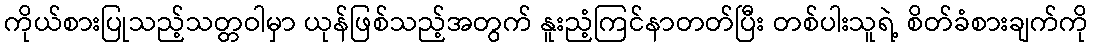
ကိုယ်စားပြုသည့်သတ္တဝါမှာ ယုန်ဖြစ်သည့်အတွက် နူးညံ့ကြင်နာတတ်ပြီး တစ်ပါးသူရဲ့ စိတ်ခံစားချက်ကို